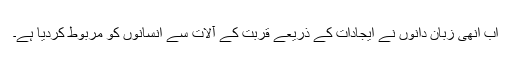
اب انھی زبان دانوں نے ایجادات کے ذریعے قربت کے آلات سے انسانوں کو مربوط کردیا ہے۔